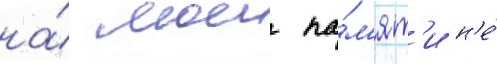
на́ моеи па́м'ят'и н'е́